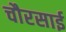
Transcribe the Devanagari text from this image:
चौरसाई